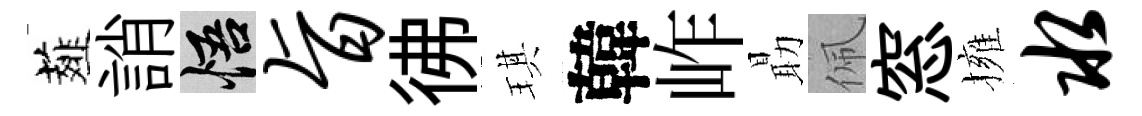
薤誚悟旨彿琪韓岞朂佩窓擁水